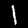
Digit: 1